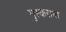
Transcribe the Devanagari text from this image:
मुस्कराया